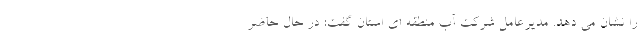
را نشان می دهد. مدیرعامل شرکت آب منطقه ای استان گفت: در حال حاضر